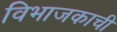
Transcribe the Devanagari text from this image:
विभाजकाची